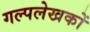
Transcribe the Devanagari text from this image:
गल्पलेखकों